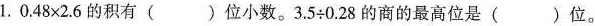
1. $$0 . 4 8 \times 2 . 6$$的积有( )位小数。$$3 . 5 \div 0 . 2 8$$的商的最高位是( )位。